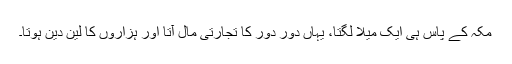
مکہ کے پاس ہی ایک میلا لگتا، یہاں دور دور کا تجارتی مال آتا اور ہزاروں کا لین دین ہوتا۔